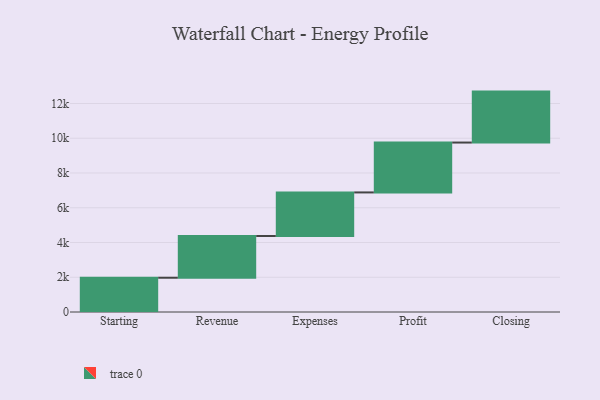
{"axis": {"x": "Step", "y": "Value"}, "legend": [""], "data": [{"x": "Starting", "y": 1972.0, "type": ""}, {"x": "Revenue", "y": 2401.0, "type": ""}, {"x": "Expenses", "y": 2508.0, "type": ""}, {"x": "Profit", "y": 2871.0, "type": ""}, {"x": "Closing", "y": 2932.0, "type": ""}]}